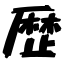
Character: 歴